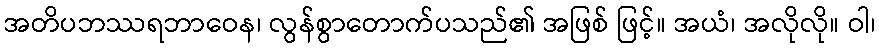
အတိပဘဿရဘာဝေန၊ လွန်စွာတောက်ပသည်၏ အဖြစ် ဖြင့်။ အယံ၊ အလိုလို။ ဝါ၊